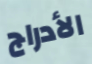
الأدراج